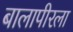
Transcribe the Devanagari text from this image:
बालापीरला